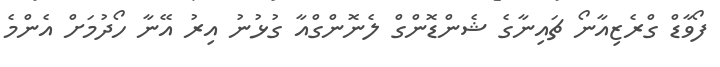
ފޯވާޑް ގްރެޒިއާނޯ ޗައިނާގެ ޝެންޑޮންގް ލެނޮންގްއާ ގުޅުނު އިރު އޭނާ ހޯދުމަށް އެންމެ